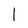
Character: l